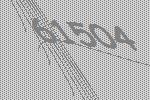
61504